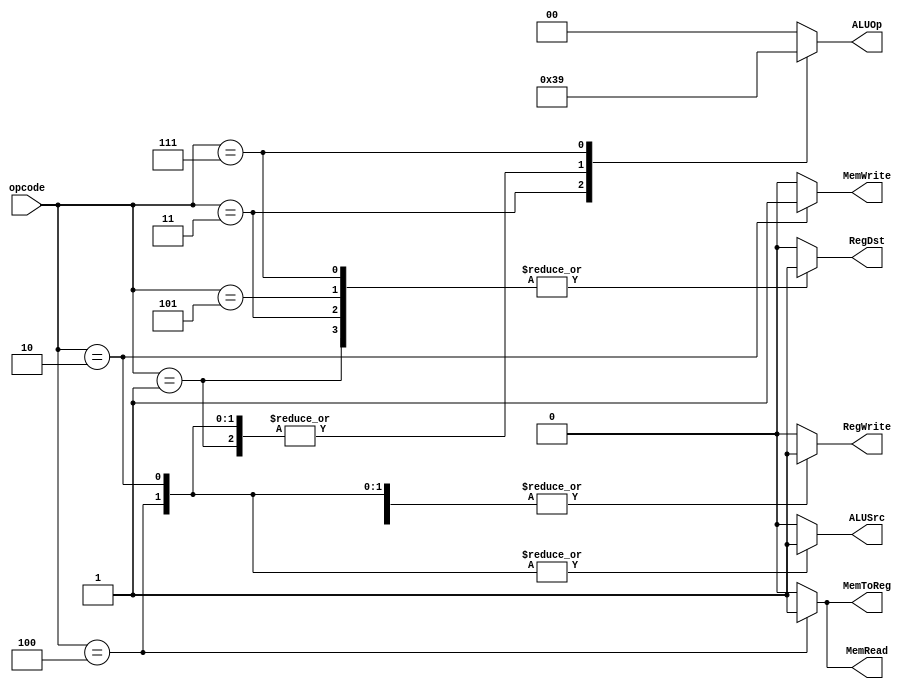
module Control(opcode, RegWrite, ALUSrc, MemWrite, MemRead, MemToReg, RegDst, ALUOp);
input [5:0] opcode;
output reg RegWrite, ALUSrc, MemWrite, MemRead, MemToReg, RegDst;
output reg [1:0] ALUOp;
always @ (*)
begin
 case (opcode)
	6'b000001: //add
	begin
	 ALUOp = 2;
	 ALUSrc = 0;
	 RegDst = 1;
	 RegWrite = 1;
	 MemRead = 0;
	 MemWrite = 0;
	 MemToReg = 0;
	end
	6'b000010: //sw
	begin
	 ALUOp = 2;
	 ALUSrc = 1;
	 RegDst = 0;
	 RegWrite = 1;
	 MemRead = 0;
	 MemWrite = 1;
	 MemToReg = 0;
	end
	6'b000011: //sub
	begin
	 ALUOp = 3;
	 ALUSrc = 0;
	 RegDst = 1;
	 RegWrite = 1;
	 MemRead = 0;
	 MemWrite = 0;
	 MemToReg = 0;
	end
	6'b000100: //lw
	begin
	 ALUOp = 2;
	 ALUSrc = 1;
	 RegDst = 0;
	 RegWrite = 1;
	 MemRead = 1;
	 MemWrite = 0;
	 MemToReg = 1;
	end
	6'b000101: //and
	begin
	 ALUOp = 0;
	 ALUSrc = 0;
	 RegDst = 1;
	 RegWrite = 1;
	 MemRead = 0;
	 MemWrite = 0;
	 MemToReg = 0;
	end
	6'b000111: //or
	begin
	 ALUOp = 1;
	 ALUSrc = 0;
	 RegDst = 1;
	 RegWrite = 1;
	 MemRead = 0;
	 MemWrite = 0;
	 MemToReg = 0;
	end
	default:
	begin
	 ALUOp = 0;
	 ALUSrc = 0;
	 RegDst = 0;
	 RegWrite = 0;
	 MemRead = 0;
	 MemWrite = 0;
	 MemToReg = 0;
	end
 endcase
end
endmodule